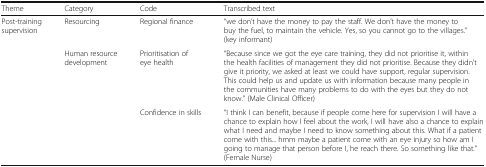
<table><thead><tr><td><b>Theme</b></td><td><b>Category</b></td><td><b>Code</b></td><td><b>Transcribed text</b></td></tr></thead><tbody><tr><td rowspan="3">Post-training supervision</td><td>Resourcing</td><td>Regional finance</td><td>“we don’t have the money to pay the staff. We don’t have the money to buy the fuel, to maintain the vehicle. Yes, so you cannot go to the villages.” (key informant)</td></tr><tr><td rowspan="2">Human resource development</td><td>Prioritisation of eye health</td><td>“Because since we got the eye care training, they did not prioritise it, within the health facilities of management they did not prioritise. Because they didn’t give it priority, we asked at least we could have support, regular supervision. This could help us and update us with information because many people in the communities have many problems to do with the eyes but they do not know.” (Male Clinical Officer)</td></tr><tr><td>Confidence in skills</td><td>“I think I can benefit, because if people come here for supervision I will have a chance to explain how I feel about the work, I will have also a chance to explain what I need and maybe I need to know something about this. What if a patient come with this... hmm maybe a patient come with an eye injury so how am I going to manage that person before I, he reach there. So something like that.” (Female Nurse)</td></tr></tbody></table>